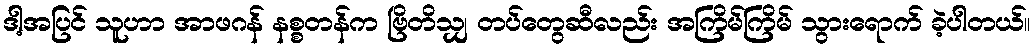
ဒါ့အပြင် သူဟာ အာဖဂန် နစ္စတန်က ဗြိတိသျှ တပ်တွေဆီလည်း အကြိမ်ကြိမ် သွားရောက် ခဲ့ပါတယ်။